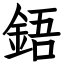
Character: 鋙